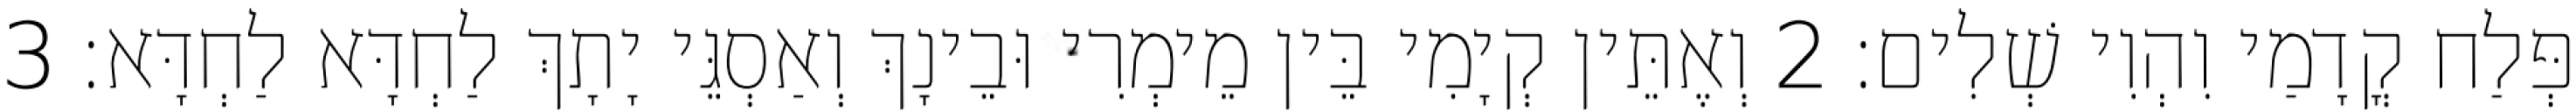
פְּלַח קֳדָמַי וִהְוִי שְׁלִים׃ 2 וְאֶתֵּין קְיָמִי בֵּין מֵימְרִי וּבֵינָךְ וְאַסְגֵּי יָתָךְ לַחְדָּא לַחְדָּא׃ 3